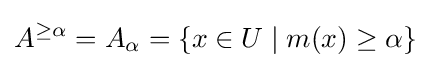
A^{\geq \alpha }=A_{\alpha }=\{x\in U\mid m(x)\geq \alpha \}